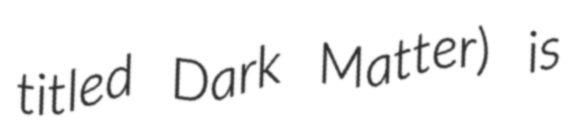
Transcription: titled Dark Matter) is